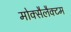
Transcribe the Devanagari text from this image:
मोक्सैलैक्टम